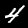
Digit: 4